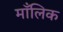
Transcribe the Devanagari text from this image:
माँलिक